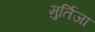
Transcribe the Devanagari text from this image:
मुर्तिजा